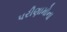
પરીણામોના